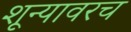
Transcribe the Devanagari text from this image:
शून्यावरच